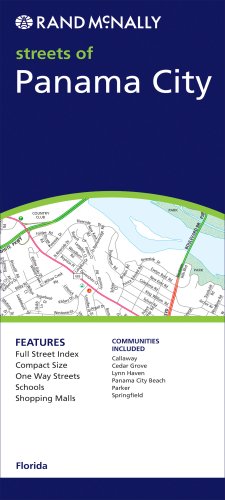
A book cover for Rand McNally Streets of Panama City, Florida: Communities Included: Callaway, Cedar Grove, Lynn Haven, Panama City Beach, Parker, Springfield; Rand McNally and Company; Travel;